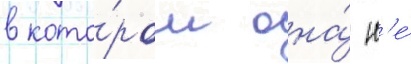
в кото́ром она́ н'е́